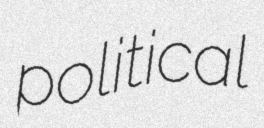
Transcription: political